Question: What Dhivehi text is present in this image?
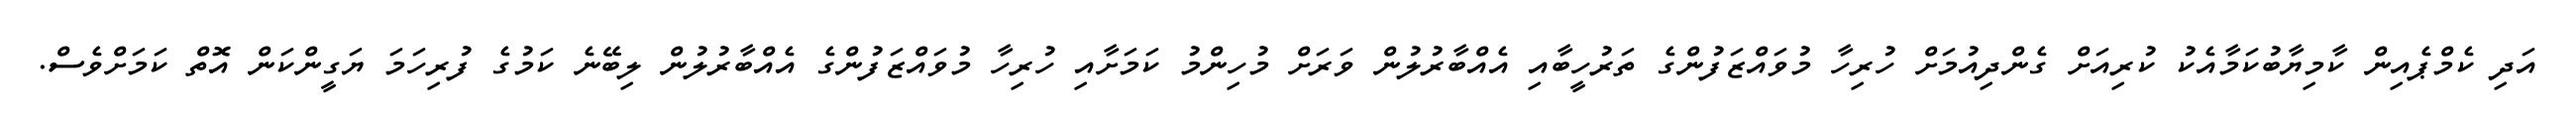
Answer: އަދި ކެމްޕެއިން ކާމިޔާބުކަމާއެކު ކުރިއަށް ގެންދިއުމަށް ހުރިހާ މުވައްޒަފުންގެ ތަރުހީބާއި އެއްބާރުލުން ވަރަށް މުހިންމު ކަމަށާއި ހުރިހާ މުވައްޒަފުންގެ އެއްބާރުލުން ލިބޭނެ ކަމުގެ ފުރިހަމަ ޔަގީންކަން އޮތް ކަމަށްވެސް.